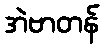
အဲဗာတန်